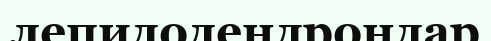
лепидодендрондар